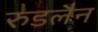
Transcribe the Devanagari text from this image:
रुडलैन